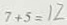
7 + 5 = 1 2